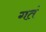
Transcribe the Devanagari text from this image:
गतं